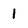
Character: 1